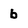
Character: b